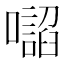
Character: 𭌂